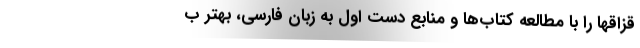
قزاقها را با مطالعه کتاب‌ها و منابع دست اول به زبان فارسی، بهتر ب